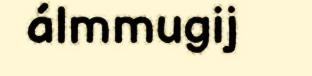
álmmugij